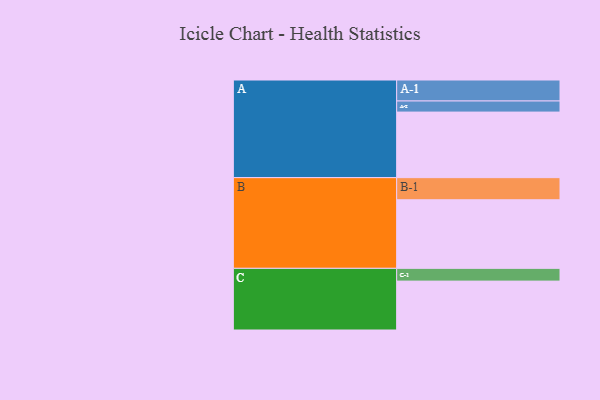
{"axis": {"x": "Segment", "y": "Value"}, "legend": ["", "A", "B", "C"], "data": [{"x": "A", "y": 519, "type": ""}, {"x": "B", "y": 543, "type": ""}, {"x": "C", "y": 387, "type": ""}, {"x": "A-1", "y": 166, "type": "A"}, {"x": "A-2", "y": 88, "type": "A"}, {"x": "B-1", "y": 175, "type": "B"}, {"x": "C-1", "y": 101, "type": "C"}]}